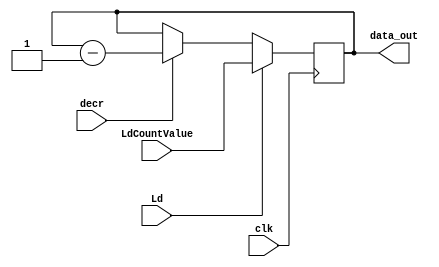
`timescale 1ns/1ps 
module COUNTER (
    output reg [3:0] data_out,
    input wire [3:0] LdCountValue,
    input wire decr, Ld, clk 
);

always @(posedge clk) begin
    if(Ld) data_out<= LdCountValue;
    else if (decr) data_out<= data_out-1;
end

endmodule //COUNTER